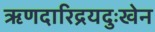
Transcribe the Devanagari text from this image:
ऋणदारिद्रयदुःखेन